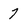
Character: 7